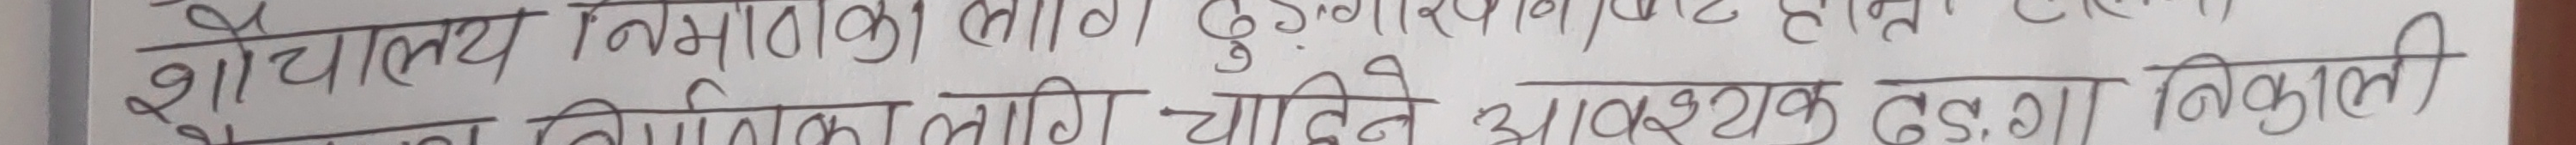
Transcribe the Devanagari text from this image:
शौचालय निर्माण का लागि कुल लागत होता
शौचालय निर्माण का लागि चाहिने आवश्यक दंग निकाल्ती